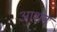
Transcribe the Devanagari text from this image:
आशन